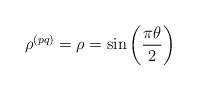
LaTeX: \begin{align*}\rho^{(pq)} = \rho = \sin\left(\frac{\pi \theta}{2}\right)\end{align*}